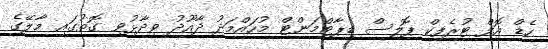
ހެޑް އޮފް ޓުރެފިކް ޕޮލިސް ޑިޕާޓްމަންޓް މުހައްމަދު ދާއޫދު ވިދާޅުވި ގޮތުގައި މާލޭގެ